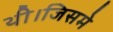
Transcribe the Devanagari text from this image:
थी।जिसमे